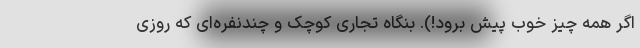
اگر همه چیز خوب پیش برود!). بنگاه تجاری کوچک و چندنفره‌ای که روزی